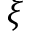
\xi